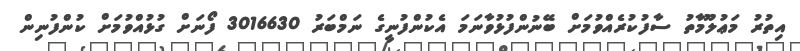
އިތުރު މަޢުލޫމާތު ސާފުކުރެއްވުމަށް ބޭނުންފުޅުވާނަމަ އެކުންފުނީގެ ނަމްބަރު 3016630 ފޯނަށް ގުޅުއްވުމަށް ކުންފުނިން